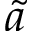
\tilde { a }